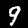
Label: 9